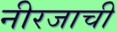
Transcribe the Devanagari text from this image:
नीरजाची